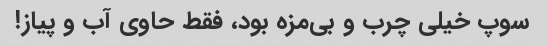
سوپ خیلی چرب و بی‌مزه بود، فقط حاوی آب و پیاز!